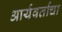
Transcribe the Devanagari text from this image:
आर्यवर्ताचा